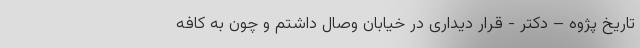
تاریخ پژوه – دکتر - قرار دیداری در خیابان وصال داشتم و چون به کافه